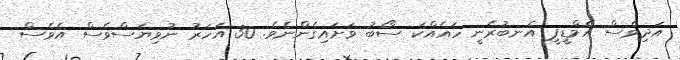
އަދިވެސް އެމްޑީޕީ އެނބުރެނީ ހައެއްކަ ސޯބު ވަށައިގެންނެވެ. 30 އަހަރު ނުވިޔަސްވެސް އެވެސް